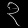
Digit: ၃